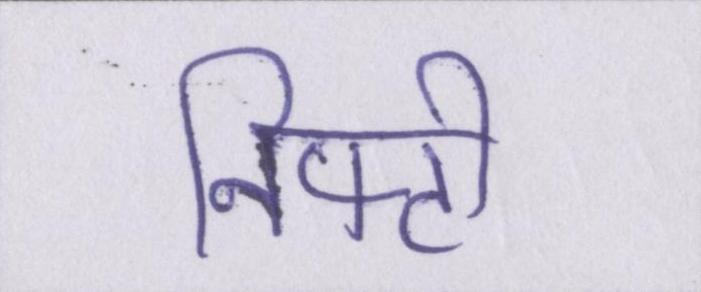
निफ्टी